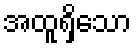
အထူရှိသော